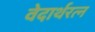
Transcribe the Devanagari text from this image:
वेदार्थरत्न